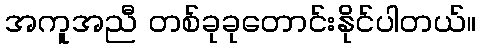
အကူအညီ တစ်ခုခုတောင်းနိုင်ပါတယ်။